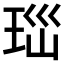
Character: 𤤼